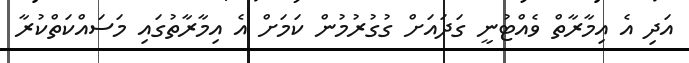
އަދި އެ އިމާރާތް ވެއްޓުނީ ގަދައަށް ގުގުރުމުން ކަމަށް އެ އިމާރާތުގައި މަސައްކަތްކުރާ